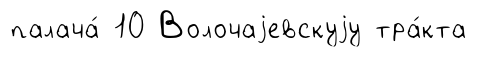
палача́ 10 Волочаjевскуjу тра́кта